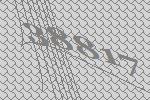
38817